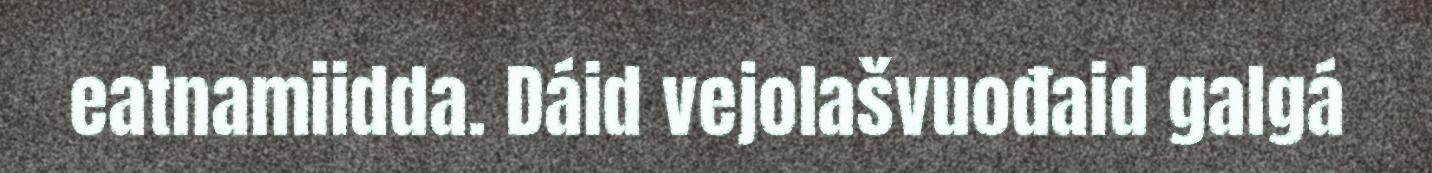
eatnamiidda. Dáid vejolašvuođaid galgá